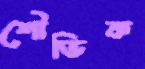
শৌভিক